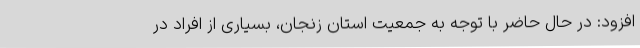
افزود: در حال حاضر با توجه به جمعیت استان زنجان، بسیاری از افراد در